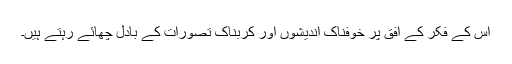
اس کے فکر کے افق پر خوفناک اندیشوں اور کربناک تصورات کے بادل چھائے رہتے ہیں۔